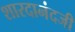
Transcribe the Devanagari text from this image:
शारदानंदजी